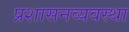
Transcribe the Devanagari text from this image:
प्रशासनव्यवस्था